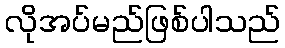
လိုအပ်မည်ဖြစ်ပါသည်